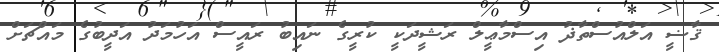
ޤާޟީ އަލްއުސްތާޛު އިސްމާޢީލް ރަޝީދަކީ ކުރީގެ ނައިބު ރައީސް އަހުމަދު އަދީބުގެ މައްޗަށް